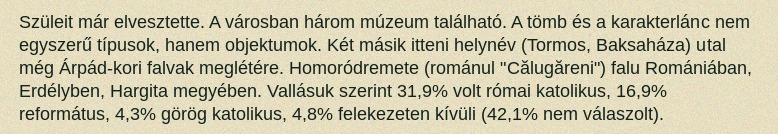
Szüleit már elvesztette. A városban három múzeum található. A tömb és a karakterlánc nem egyszerű típusok, hanem objektumok. Két másik itteni helynév (Tormos, Baksaháza) utal még Árpád-kori falvak meglétére. Homoródremete (románul "Călugăreni") falu Romániában, Erdélyben, Hargita megyében. Vallásuk szerint 31,9% volt római katolikus, 16,9% református, 4,3% görög katolikus, 4,8% felekezeten kívüli (42,1% nem válaszolt).